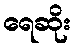
ရေဆိုး